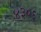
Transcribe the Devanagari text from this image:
४३०६